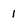
Character: 1